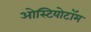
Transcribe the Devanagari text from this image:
ओस्टियोटॉम